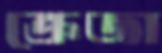
ক্রেজা